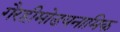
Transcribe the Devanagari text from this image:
गैरहीमोडयनामिक